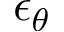
\epsilon _ { \theta }